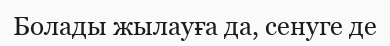
Болады жылауға да, сенуге де